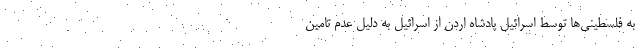
به فلسطینی‌ها توسط اسرائیل پادشاه اردن از اسرائیل به دلیل عدم تامین